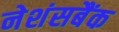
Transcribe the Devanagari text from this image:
नेशंसबैंक